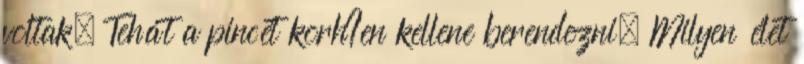
voltak. Tehát a pincét korh?en kellene berendezni. Milyen élet